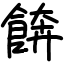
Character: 餴